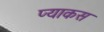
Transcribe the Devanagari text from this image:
प्याकस